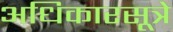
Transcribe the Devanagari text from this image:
अधिकारसूत्रे